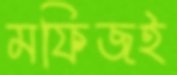
মফিজই